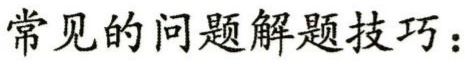
常见的问题解题技巧：